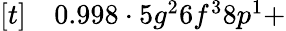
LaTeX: \begin{array}{rl}{[t]}&{{}0.998\cdot 5g^{2}6f^{3}8p^{1}+}\end{array}